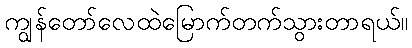
ကျွန်တော်လေထဲမြောက်တက်သွားတာရယ်။